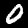
Label: 0